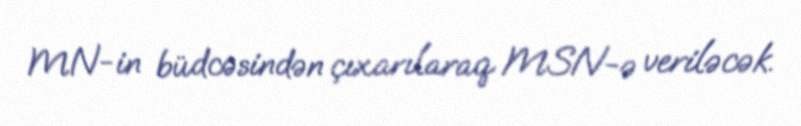
MN-in büdcəsindən çıxarılaraq MSN-ə veriləcək.